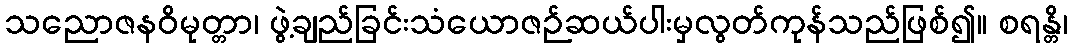
သညောဇနဝိမုတ္တာ၊ ဖွဲ့ချည်ခြင်းသံယောဇဉ်ဆယ်ပါးမှလွတ်ကုန်သည်ဖြစ်၍။ စရန္တိ၊